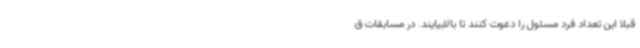
قبلا این تعداد فرد مسئول را دعوت کنند تا بالابیایند. در مسابقات ق